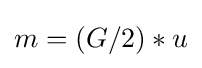
m=(G/2)*u